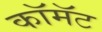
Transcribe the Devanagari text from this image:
कॉमॅट